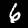
Digit: 6